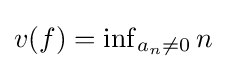
v(f)=\inf \nolimits _{a_{n}\neq 0}n